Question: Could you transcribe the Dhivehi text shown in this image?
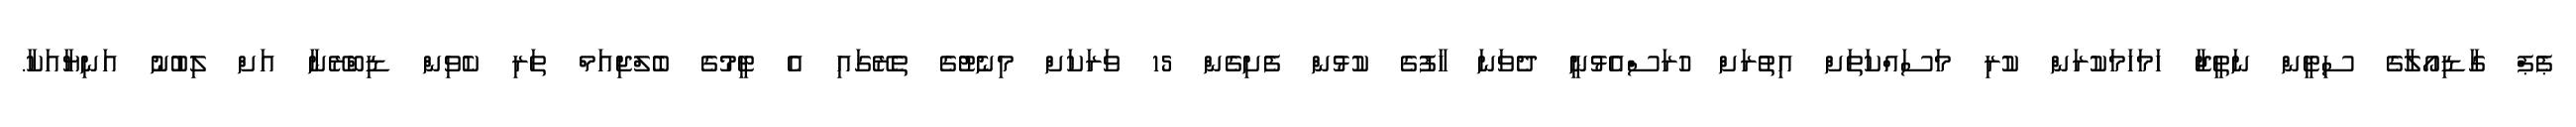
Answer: ޕެޕް ގާޑިއޯލާގެ ސިޓީން ނަތީޖާ ހަމަހަމަކުރަން ކުރި މަސައްކަތަށް އިތުރަށް ހުރަސްއެޅުނީ ދެވަނަ ހާފުގެ ކުޅުން ފެށިގެން 15 ވަރަކަށް މިނެޓުގެ ތެރޭގައި އެ ޓީމުގެ ބެލްޖިއަމް ތަރި ކެވިން ޑިބްރޭނާ އަށް ލިބުނު އަނިޔާއަކާ.